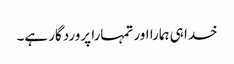
خدا ہی ہمارا اور تمہارا پروردگار ہے۔